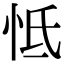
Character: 怟